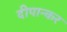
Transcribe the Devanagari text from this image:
दीपान्कर